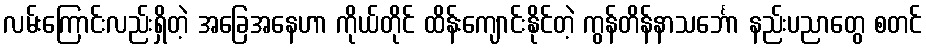
လမ်းကြောင်းလည်းရှိတဲ့ အခြေအနေဟာ ကိုယ်တိုင် ထိန်းကျောင်းနိုင်တဲ့ ကွန်တိန်နာသင်္ဘော နည်းပညာတွေ စတင်